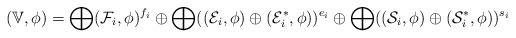
LaTeX: \begin{align*}(\mathbb{V}, \phi)= \bigoplus (\mathcal{F}_i, \phi)^{f_i} \oplus \bigoplus ((\mathcal{E}_i, \phi)\oplus (\mathcal{E}^*_i, \phi))^{e_i} \oplus \bigoplus ((\mathcal{S}_i, \phi)\oplus (\mathcal{S}^*_i, \phi))^{s_i}\end{align*}